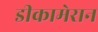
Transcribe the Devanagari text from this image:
डीकामेरान